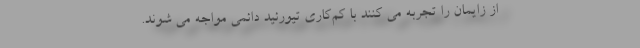
از زایمان را تجربه می کنند با کم‌کاری تیورئید دائمی مواجه می شوند.